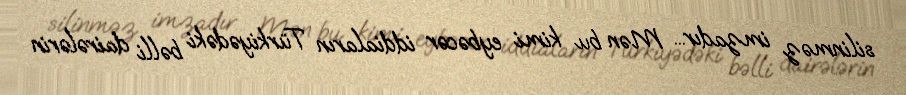
silinməz imzadır... Mən bu kimi eybəcər iddiaların Türkiyədəki bəlli dairələrin